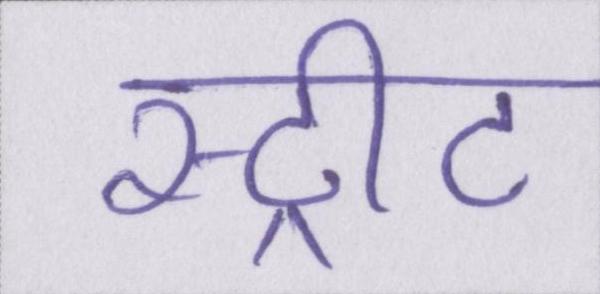
स्ट्रीट